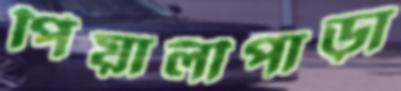
পিয়ালীপাড়া